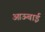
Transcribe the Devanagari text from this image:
आऊबाई